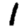
Digit: 1